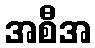
အစီအ